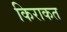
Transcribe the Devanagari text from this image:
किराकत